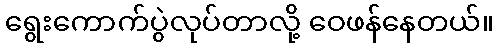
ရွေးကောက်ပွဲလုပ်တာလို့ ဝေဖန်နေတယ်။